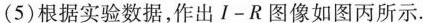
(5)根据实验数据，作出I-R图像如图丙所示